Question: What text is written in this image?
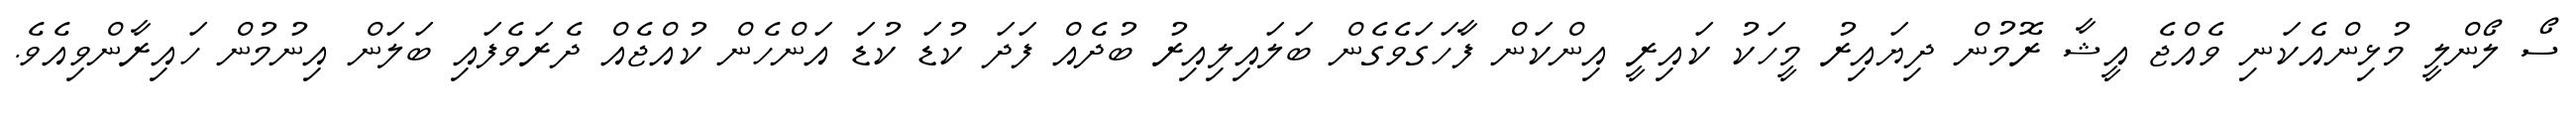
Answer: ސޯ ލޯންލީ މުޅިންއެކަނި ވެއްޖެ އީޝާ ރޮމުން ދިޔައިރު މީހަކު ކައިރީ އިންކަން ފާހަގަވެގެން ބަލައިލިއިރު ބުދެއް ފަދަ ކުޑަ ކުޑަ އަންހެން ކުއްޖެއް ދެރަވެފައި ބަލަން އިނުމުން ހައިރާންވިއެވެ.